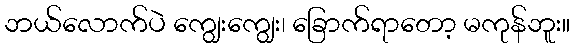
ဘယ်လောက်ပဲ ကျွေးကျွေး၊ ခြောက်ရာတော့ မကုန်ဘူး။